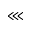
\lll